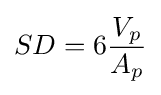
SD=6{\frac {V_{p}}{A_{p}}}